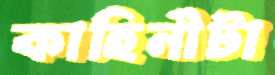
কাহিনীটা